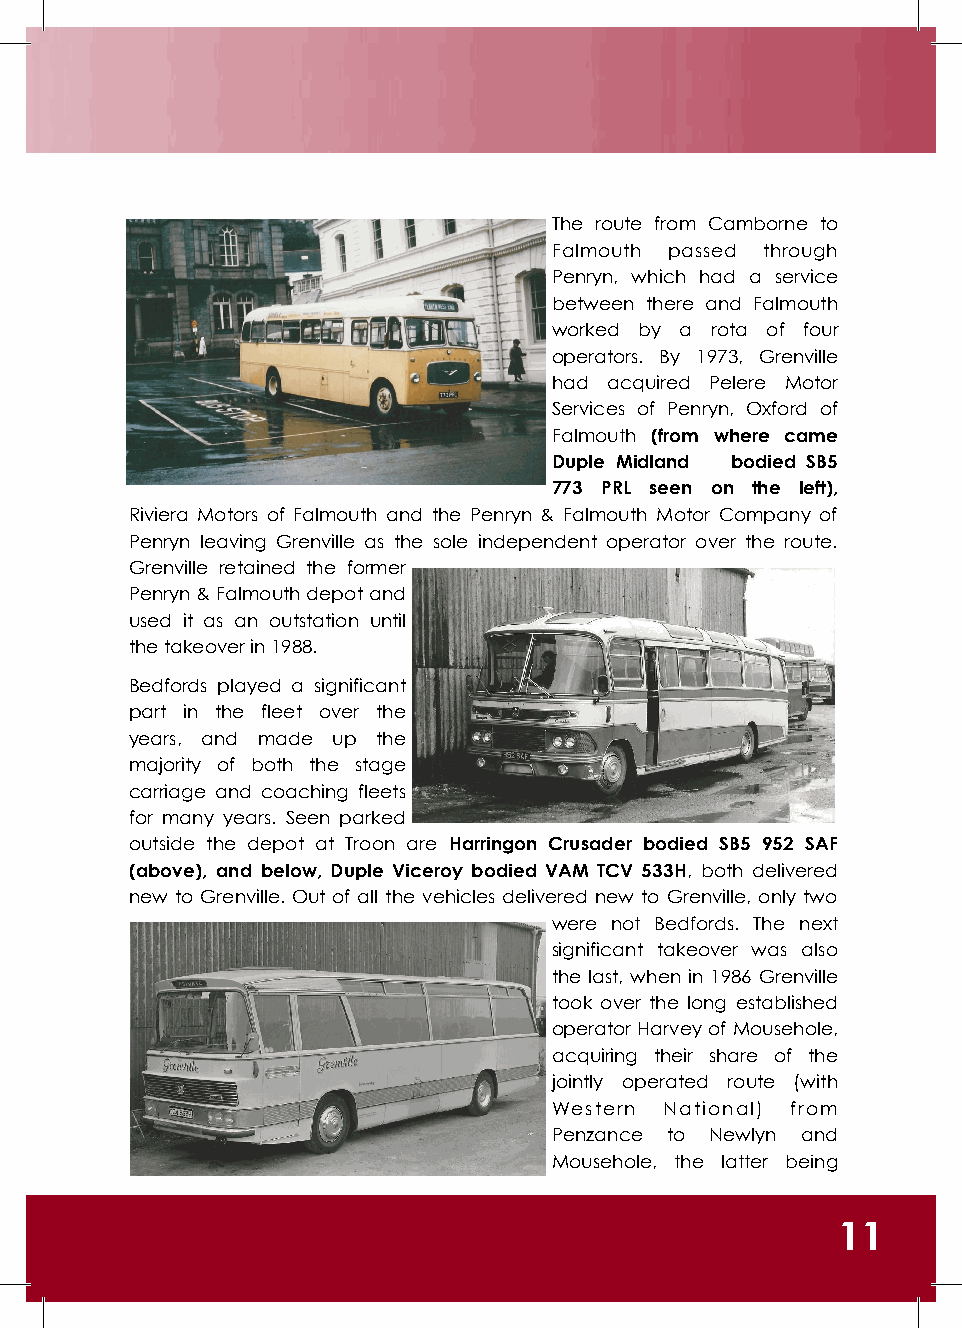
The route from Camborne to
 Falmouth passed through
 Penryn, which had a service
 between there and Falmouth
 worked by a rota of four
 operators. By 1973, Grenville
 had acquired Pelere Motor
 Services of Penryn, Oxford of
 Falmouth (from where came
 Duple Midland bodied SB5
 773 PRL seen on the left),
 Riviera Motors of Falmouth and the Penryn & Falmouth Motor Company of
 Penryn leaving Grenville as the sole independent operator over the route.
 Grenville retained the former
 Penryn & Falmouth depot and
 used it as an outstation until
 the takeover in 1988.
 Bedfords played a significant
 part in the fleet over the
 years, and made up the
 majority of both the stage
 carriage and coaching fleets
 for many years. Seen parked
 outside the depot at Troon are Harringon Crusader bodied SB5 952 SAF
 (above), and below, Duple Viceroy bodied VAM TCV 533H, both delivered
 new to Grenville. Out of all the vehicles delivered new to Grenville, only two
 were not Bedfords. The next
 significant takeover was also
 the last, when in 1986 Grenville
 took over the long established
 operator Harvey of Mousehole,
 acquiring their share of the
 jointly operated route (with
 Western National) from
 Penzance to Newlyn and
 Mousehole, the latter being
 11